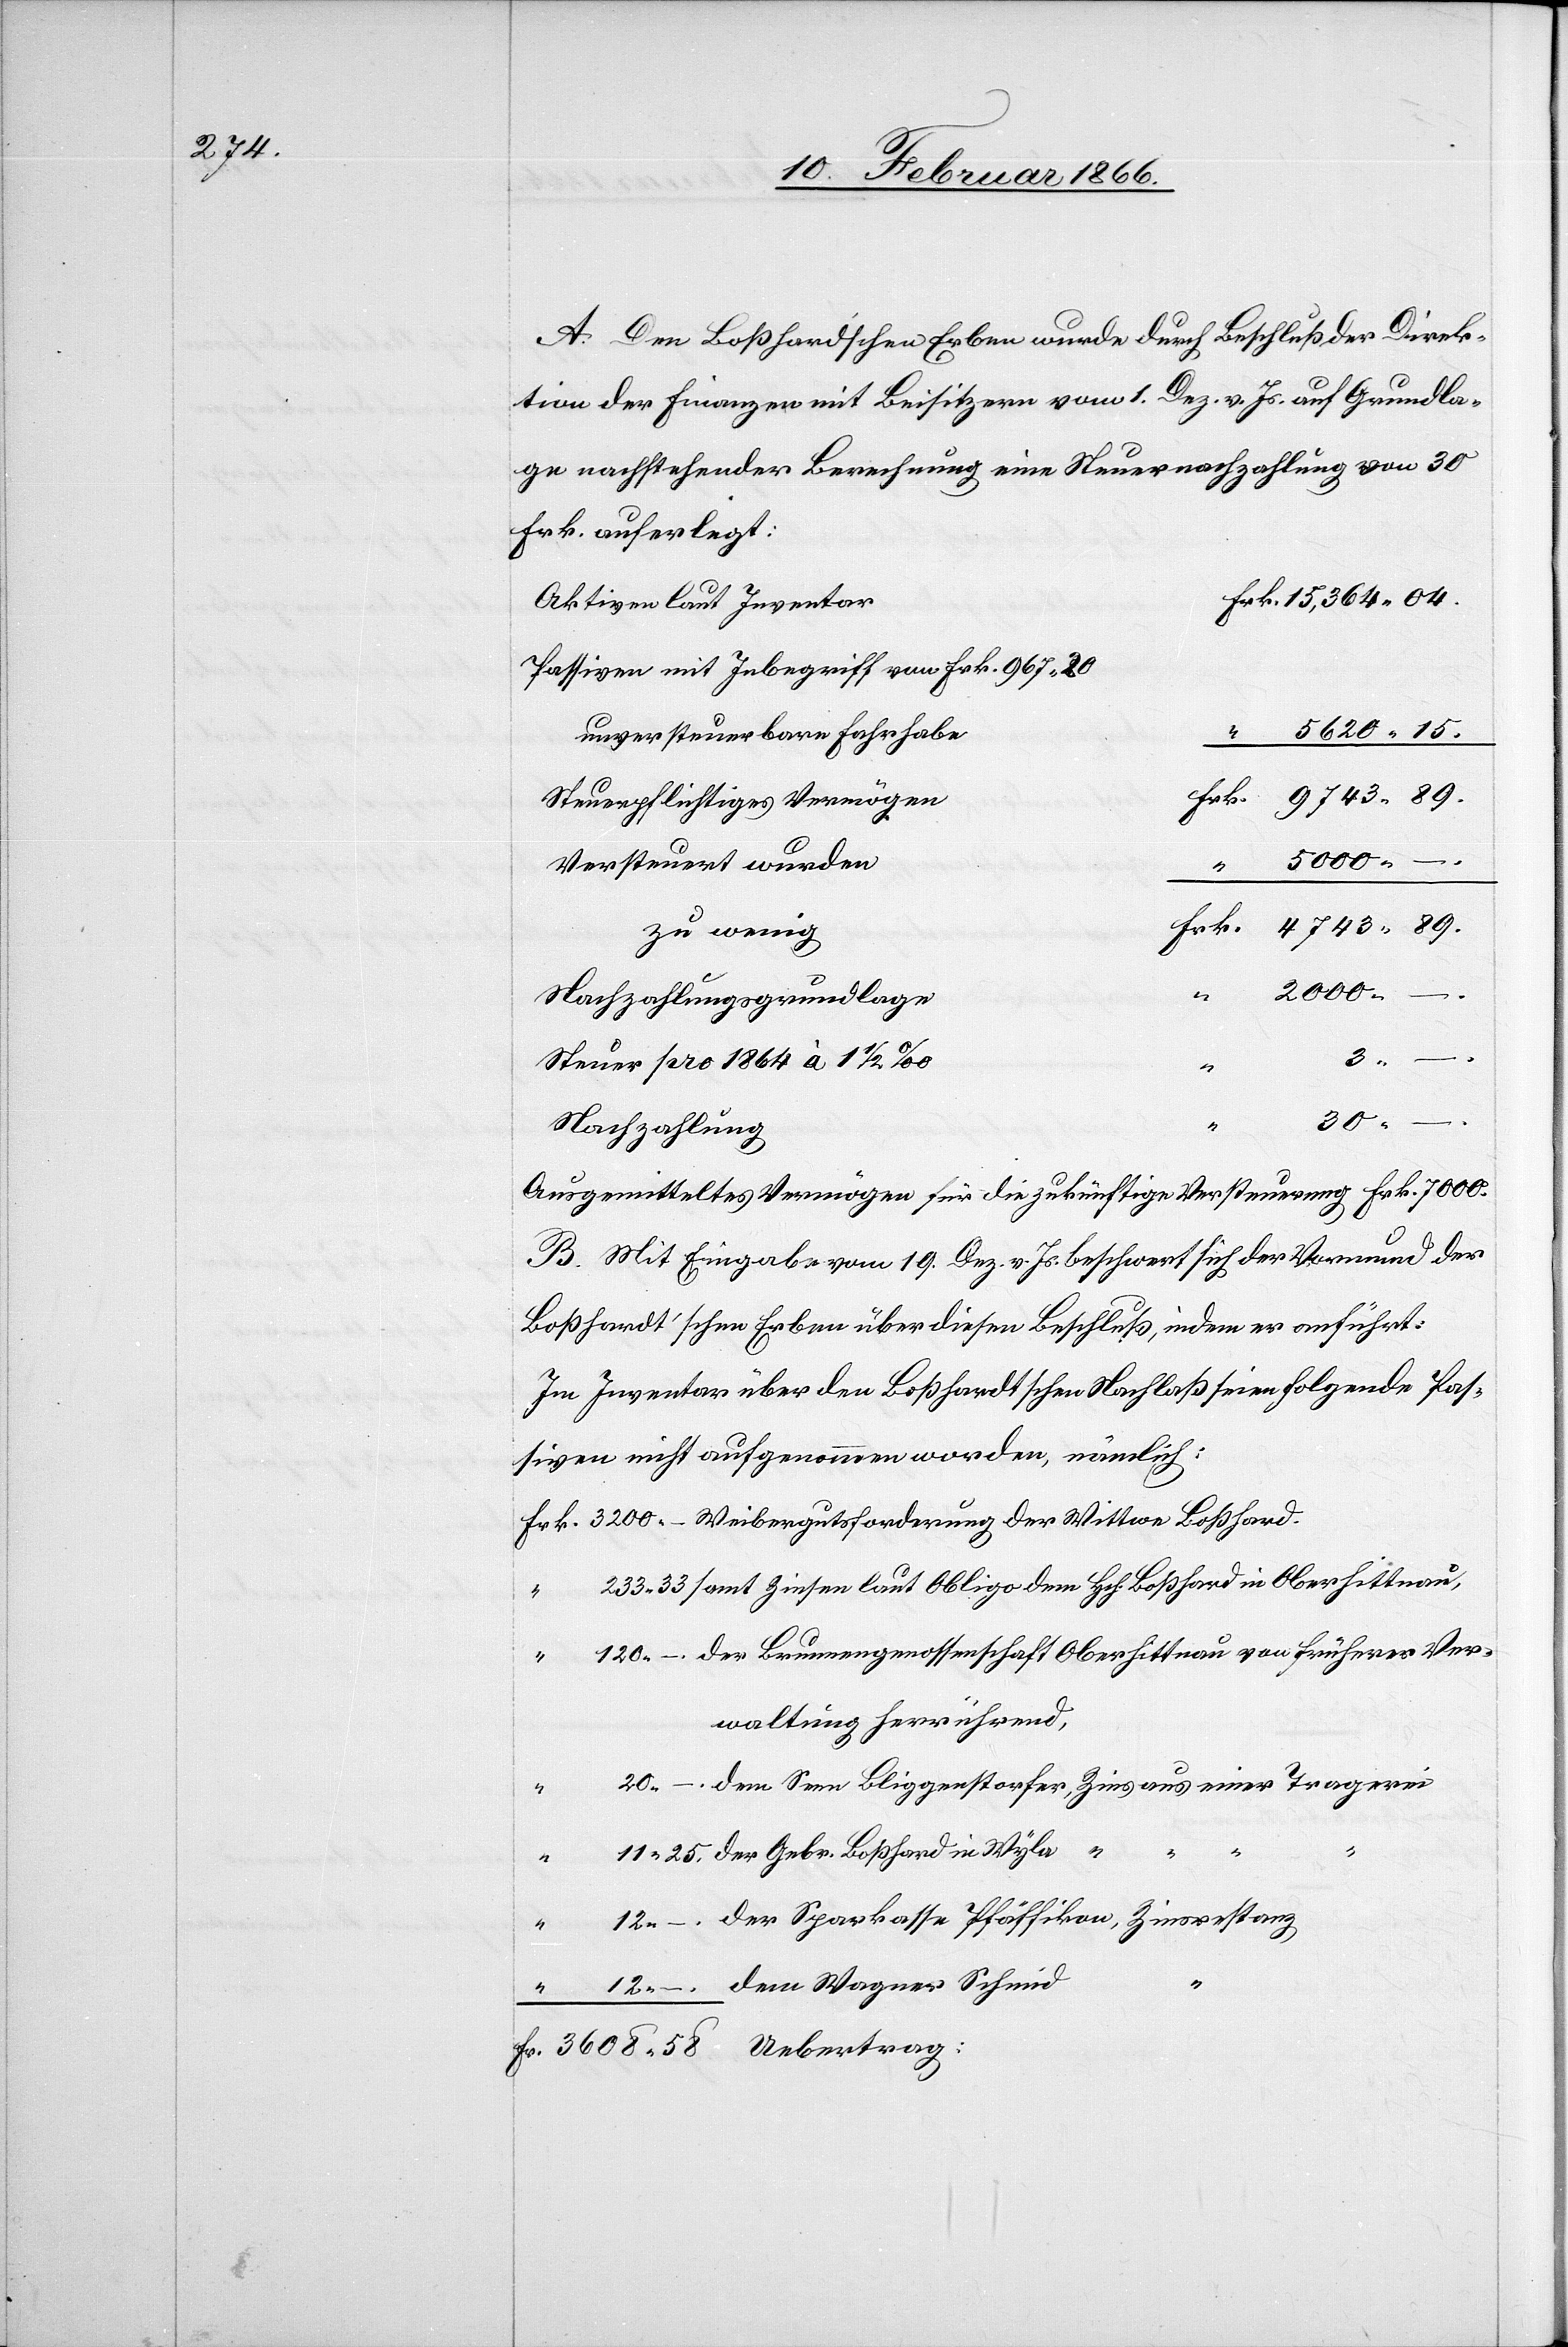
A. Den Boßhardschen Erben wurde durch Beschluß der Direk¬
tion der Finanzen mit Beisitzern vom 1. Dez. v. Js. auf Grundla¬
ge nachstehender Berechnung eine Steuernachzahlung von 30
Frk. auferlegt:
Passiven mit Inbegriff von Frk. 967,20
unversteuerbare Fahrhab¬
rk. 9743,89.
Steuerpflichtiges Vermöge¬
5000,–.
Fr.
Wag¬
3200,–
3608,58
Nachzahlungsgrundlag¬
Steuer pro 1864 à 1 ½
Ausgemitteltes Vermögen für die zukünftige Versteuerung		Frk. 7000,–.
B. Mit Eingabe vom 19. Dez. v. Js. beschwert sich der Vormund der
Boßhardt’schen [sic!] Erben über diesen Beschluß, indem er anführt:
Im Inventar über den Boßhardtschen Nachlaß seien folgende Pas¬
siven nicht aufgenommen worden, nämlich:
samt Zinsen laut Obligo dem Hch. Boßhard in Oberhittnau,
der Brunnengenossenschaft Oberhittnau von früherer Ver¬
233,33
waltung herrührend,
dem Senn Bliggenstorfer, Zins aus einer Tragerei
der Gebr Boßhard in Wyla “ “
der Sparkasse Pfäffikon, Zinsrestanz